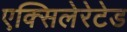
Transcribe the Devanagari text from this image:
एक्सिलेरेटेड